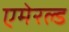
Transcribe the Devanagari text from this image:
एमेरल्ड